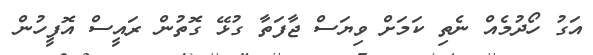
އަގު ހޯދުމެއް ނެތި ކަމަށް ވިޔަސް ޖާފަތާ ގުޅޭ ގޮތުން ރައީސް އޮފީހުން